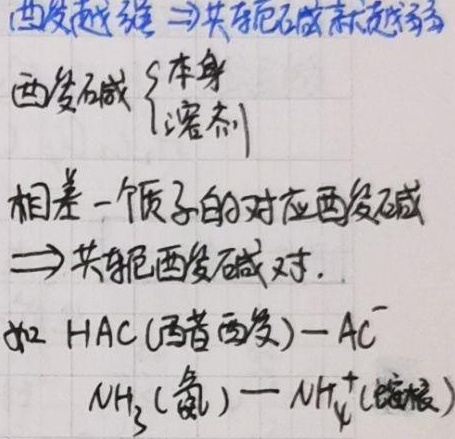
酸越强$\Rightarrow$共轭碱就越弱
酸碱$\begin{cases}
本身 \\
溶剂
\end{cases}$
相差一个质子的对应酸碱
$\Rightarrow$共轭酸碱对.
如 $\mathrm{HAC}$(醋酸)—$\mathrm{Ac}^{-}$
$\mathrm{NH}_{3}$(氨)—$\mathrm{NH}_{4}^{+}$(铵根)